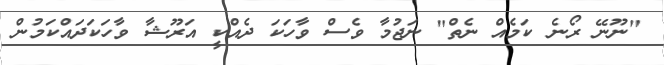
"ނޫނޭ ރޯނެ ކަމެއް ނެތް" ނަޖުމާ ވެސް ވާހަކަ ދެއްކީ އަރޫޝާ ވާހަކަދައްކަމުން